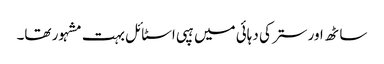
ساٹھ اور ستر کی دہائی میں ہپی اسٹائل بہت مشہور تھا۔